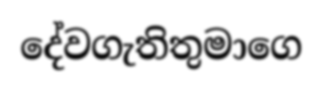
දේවගැතිතුමාගෙ